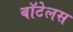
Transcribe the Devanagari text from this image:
बॉटेलस